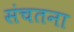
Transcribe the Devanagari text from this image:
संचतना